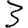
Digit: 3